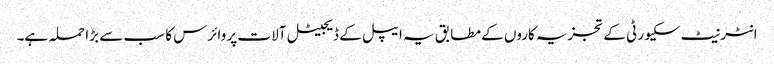
انٹرنیٹ سکیورٹی کے تجزیہ کاروں کے مطابق یہ ایپل کے ڈیجیٹل آلات پر وائرس کا سب سے بڑا حملہ ہے۔